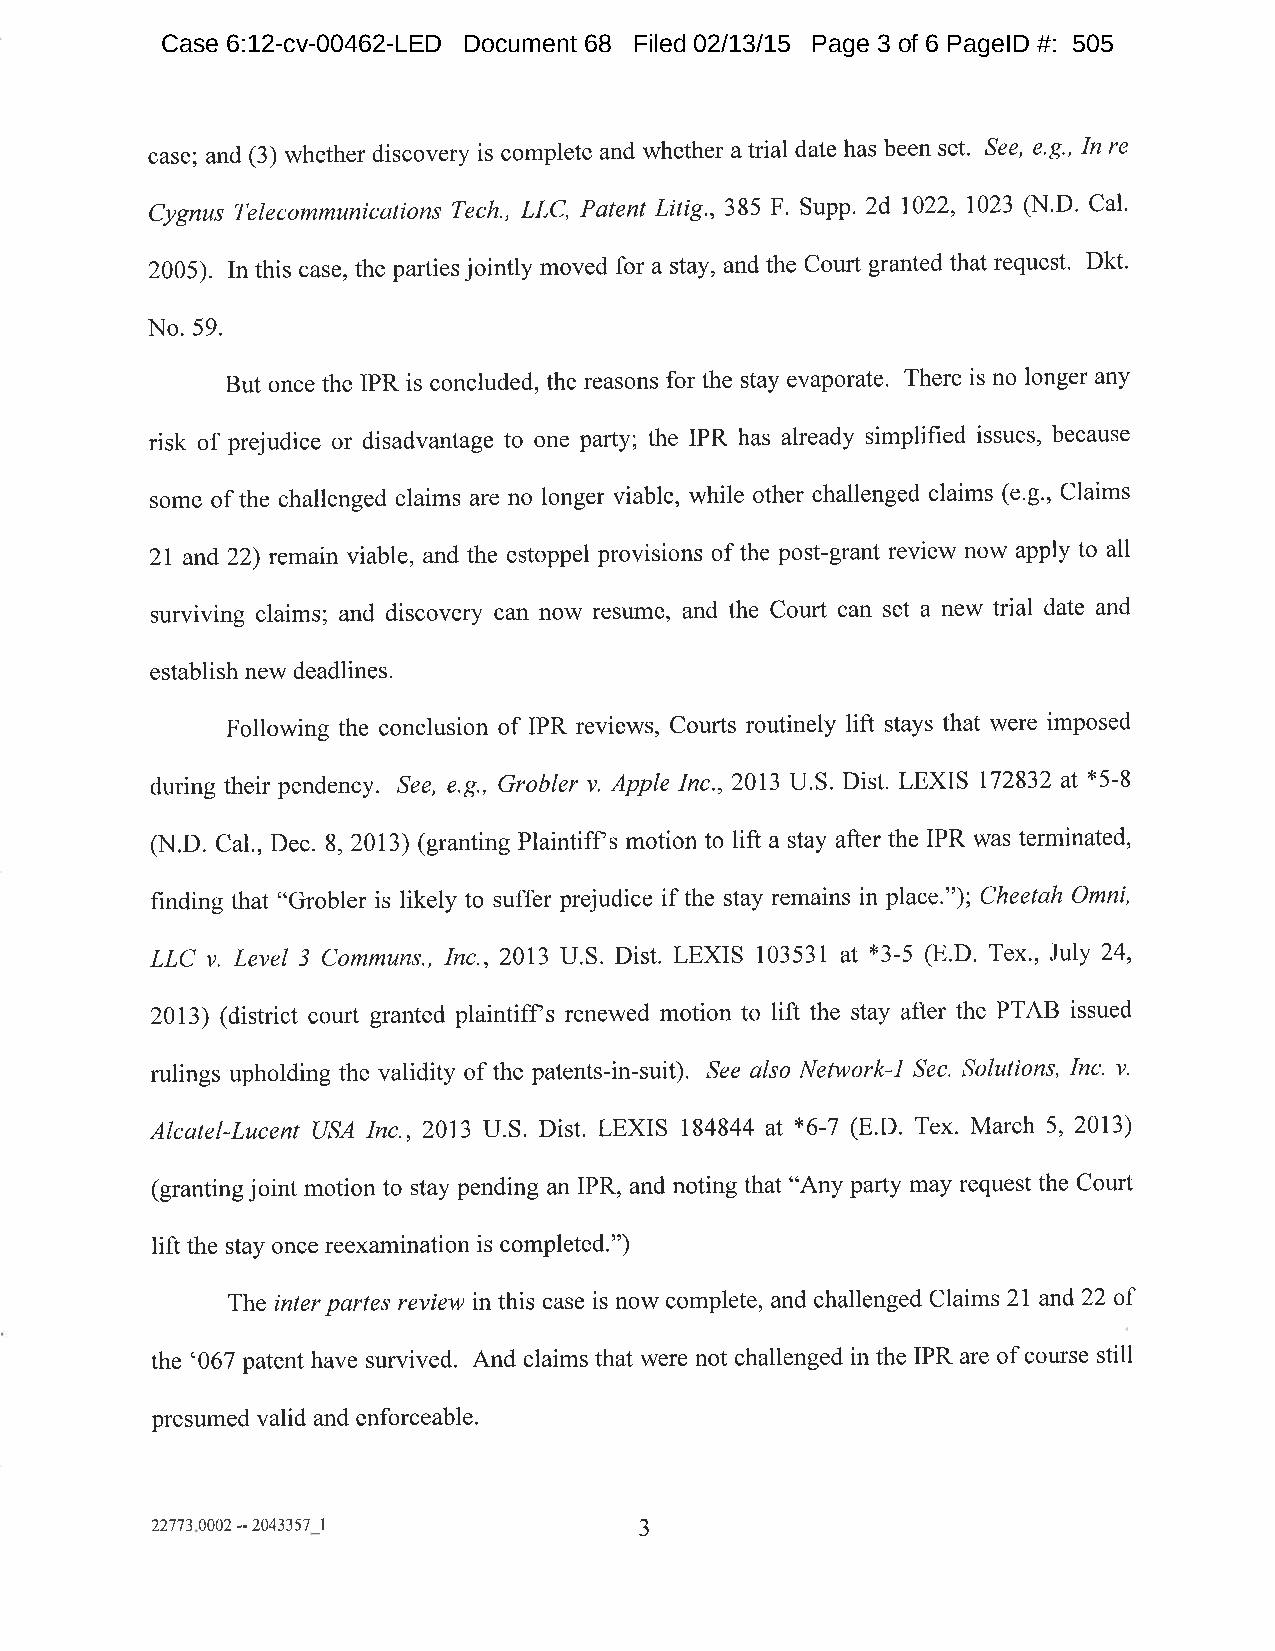
Case 6:12-cv-00462-LED Document 68 Filed 02/13/15 Page 3 of 6 PageID #: 505
 case; and (3) whether discovery is complete and whether atrial date has been set' See, e.9., In re
 Cygnus Telecommunications Tech., LLC, Pqtent Litig.,385 F. Supp. 2d1022,1023 (N'D' Cal'
 2005). In this case, the parties jointly moved for a stay, and the Court granted that request' Dkt'
 No.59.
 But once the IPR is concluded, the reasons for the stay evaporate. There is no longer any
 risk of prejudice or disadvantage to one party; the IPR has already simplihed issues, because
 some of the challenged claims are no longer viable, while other challenged claims (e'g., Claims
 27 and 22) remain viable, and the estoppel provisions of the post-grant review now apply to all
 surviving claims; and discovery can now resume, and the Court can set a new trial date and
 establish new deadlines.
 Following the conclusion of IPR reviews, Courts routinely lift stays that were imposed
 *5-8
 clrrring theirpendency. See, e.g., Grobler v. Apple Inc.,2013 U.S. Dist. LEXIS 172832 at
 (N.D. Cal., Dec. 8,2073) (granting Plaintiff s motion to lift a stay after the IPR was terminated,
 finding that "Grobler is likely to suffer prejudice if the stay remains in place."); Cheetah Omni,
 LLC v. Level 3 Communs,, Inc.,2013 U.S. Dist. LEXIS 103531 at *3-5 (E'D' Tex',July 24,
 2013) (district court granted plaintifls renewed motion to lift the stay after the PTAB issued
 rulings upholding the validity of the patents-in-suit). See qlso Network-l Sec. Solutions, Inc, v.
 *6-7
 Alcatel-Lucent USA Inc.,2013 U.S. Dist. LEXIS 154844 at (E.D. Tex. March 5,2013)
 (granting joint motion to stay pending an IPR, and noting that "Any party may request the Court
 lift the stay once reexamination is completed.")
 The inter partes review in this case is now complete, and challenged Claims 2l and22 of
 the'067 patent have survived. And claims that were not challenged in the IPR are of course still
 presumed valid and enforceable.
 22773 0002 -- 2043357 I         J